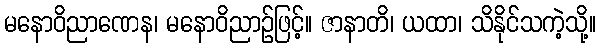
မနောဝိညာဏေန၊ မနောဝိညာဉ်ဖြင့်။ ဇာနာတိ၊ ယထာ၊ သိနိုင်သကဲ့သို့။